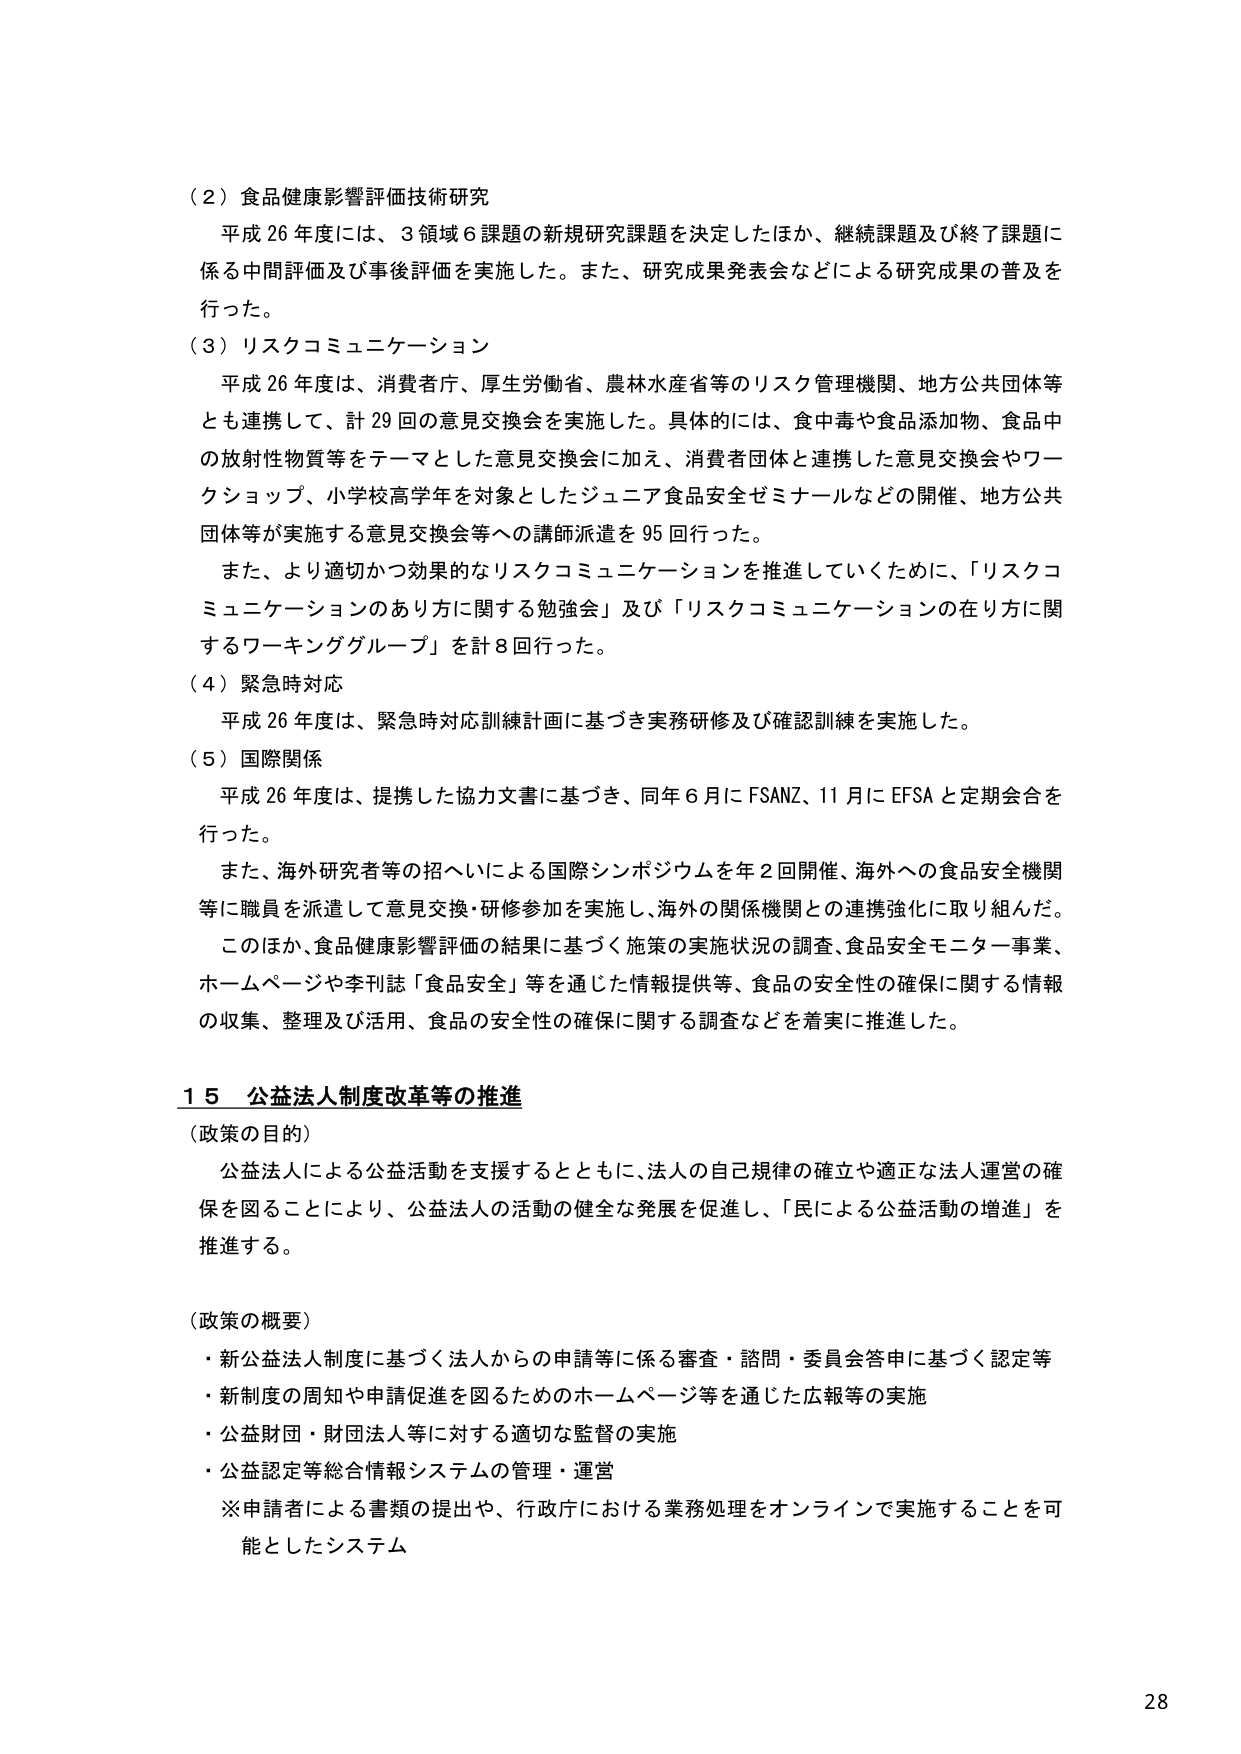
（２）食品健康影響評価技術研究
平成26年度には、3領域6課題の新規研究課題を決定したほか、継続課題及び終了課題に係る中間評価及び事後評価を実施した。また、研究成果発表会などによる研究成果の普及を行った。

（３）リスクコミュニケーション
平成26年度は、消費者庁、厚生労働省、農林水産省等のリスク管理機関、地方公共団体等とも連携して、計29回の意見交換会を実施した。具体的には、食中毒や食品添加物、食品中の放射性物質等をテーマとした意見交換会に加え、消費者団体と連携した意見交換会やワークショップ、小学校高学年を対象としたジュニア食品安全ゼミナールなどの開催、地方公共団体等が実施する意見交換会への講師派遣を95回行った。
また、より適切かつ効果的なリスクコミュニケーションを推進していくために、「リスクコミュニケーションのあり方に関する勉強会」及び「リスクコミュニケーションの在り方に関するワーキンググループ」を計8回行った。

（４）緊急時対応
平成26年度は、緊急時対応訓練計画に基づき実務研修及び確認訓練を実施した。

（５）国際関係
平成26年度は、提携した協力文書に基づき、同年6月にFSANZ、11月にEFSAと定期会合を行った。
また、海外研究者等の招へいによる国際シンポジウムを年2回開催、海外への食品安全機関等に職員を派遣して意見交換・研修参加を実施し、海外の関係機関との連携強化に取り組んだ。
このほか、食品健康影響評価の結果に基づく施策の実施状況の調査、食品安全モニター事業、ホームページや季刊誌「食品安全」を通じた情報提供等、食品の安全性の確保に関する情報の収集、整理及び活用、食品の安全性の確保に関する調査などを着実に推進した。

１５ 公益法人制度改革等の推進
（政策の目的）
公益法人による公益活動を支援するとともに、法人の自己規律の確立や適正な法人運営の確保を図ることにより、公益法人の活動の健全な発展を促進し、「民による公益活動の増進」を推進する。

（政策の概要）
・新公益法人制度に基づく法人からの申請等に係る審査・諮問・委員会答申に基づく認定等
・新制度の周知や申請促進を図るためのホームページ等を通じた広報等の実施
・公益財団・財団法人等に対する適切な監督の実施
・公益認定等総合情報システムの管理・運営
※申請者による書類の提出や、行政庁における業務処理をオンラインで実施することを可能としたシステム

28